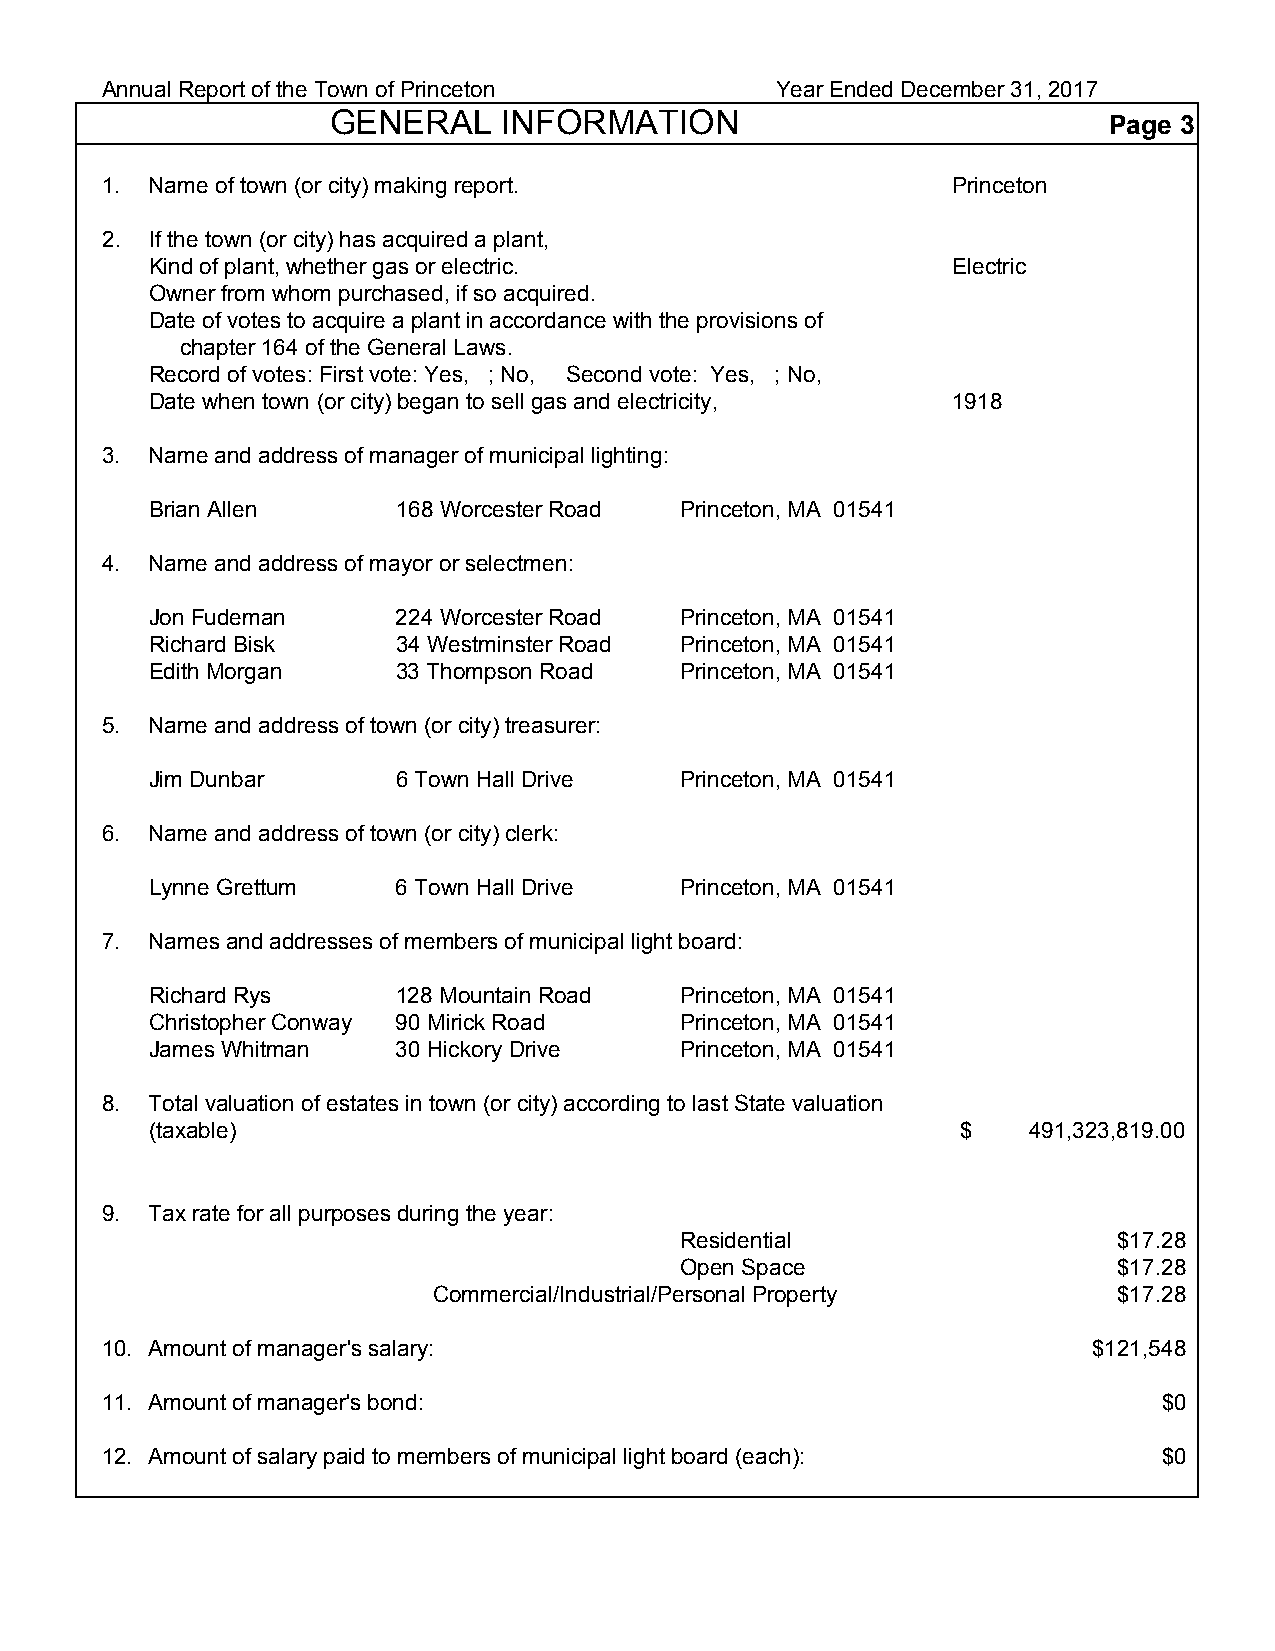
Annual Report of the Town of Princeton      Year Ended December 31, 2017
 GENERAL    INFORMATION                             Page 3
 1. Name of town (or city) making report.                Princeton
 2. If the town (or city) has acquired a plant,
 Kind of plant, whether gas or electric.              Electric
 Owner from whom purchased, if so acquired.
 Date of votes to acquire a plant in accordance with the provisions of
 chapter 164 of the General Laws.
 Record of votes: First vote: Yes, ; No, Second vote: Yes, ; No,
 Date when town (or city) began to sell gas and electricity, 1918
 3. Name and address of manager of municipal lighting:
 Brian Allen     168 Worcester Road Princeton, MA 01541
 4. Name and address of mayor or selectmen:
 Jon Fudeman     224 Worcester Road Princeton, MA 01541
 Richard Bisk    34 Westminster Road Princeton, MA 01541
 Edith Morgan    33 Thompson Road   Princeton, MA 01541
 5. Name and address of town (or city) treasurer:
 Jim Dunbar      6 Town Hall Drive  Princeton, MA 01541
 6. Name and address of town (or city) clerk:
 Lynne Grettum   6 Town Hall Drive  Princeton, MA 01541
 7. Names and addresses of members of municipal light board:
 Richard Rys     128 Mountain Road  Princeton, MA 01541
 Christopher Conway 90 Mirick Road  Princeton, MA 01541
 James Whitman   30 Hickory Drive   Princeton, MA 01541
 8. Total valuation of estates in town (or city) according to last State valuation
 (taxable)                                             $   491,323,819.00
 9. Tax rate for all purposes during the year:
 Residential                  $17.28
 Open Space                   $17.28
 Commercial/Industrial/Personal Property      $17.28
 10. Amount of manager's salary:                                  $121,548
 11. Amount of manager's bond:                                         $0
 12. Amount of salary paid to members of municipal light board (each): $0